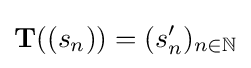
\mathbf {T} ((s_{n}))=(s'_{n})_{n\in \mathbb {N} }